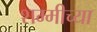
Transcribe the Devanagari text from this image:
शम्मीच्या